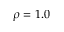
\rho = 1 . 0